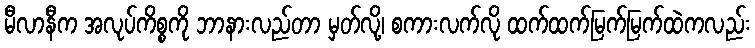
မီလာနီက အလုပ်ကိစ္စကို ဘာနားလည်တာ မှတ်လို့၊ စကားလက်လို ထက်ထက်မြက်မြက်ထဲကလည်း